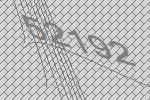
52192